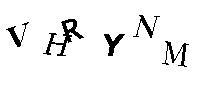
VHRYNM